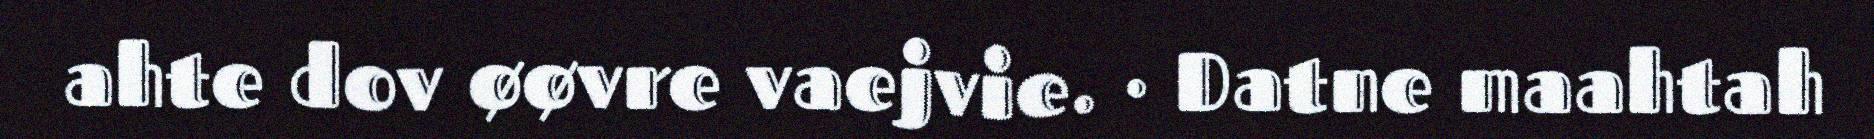
ahte dov øøvre vaejvie. · Datne maahtah